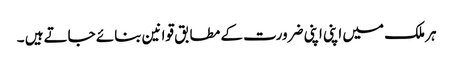
ہر ملک میں اپنی اپنی ضرورت کے مطابق قوانین بنائے جاتےہیں ۔